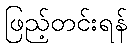
ဖြည့်တင်းရန်